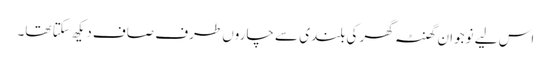
اس لیے نوجوان گھنٹہ گھر کی بلندی سے چاروں طرف صاف دیکھ سکتا تھا۔